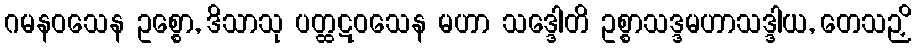
ဂမနဝသေန ဥစ္စော, ဒိသာသု ပတ္ထဋဝသေန မဟာ သဒ္ဒေါတိ ဥစ္စာသဒ္ဒမဟာသဒ္ဒါယ, တေသဉှိ